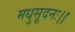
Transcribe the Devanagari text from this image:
मधुसूदनः।।